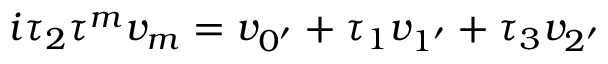
i \tau _ { 2 } \tau ^ { m } v _ { m } = v _ { 0 ^ { \prime } } + \tau _ { 1 } v _ { 1 ^ { \prime } } + \tau _ { 3 } v _ { 2 ^ { \prime } }